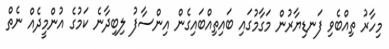
މިހާރު ތިއްބެވި ފަނޑިޔާރުން މަގާމުގައި ބައިތިއްބައިގެން އިންސާފު ލިބިދާނެ ކަމުގެ އުންމީދެއް ނެތް